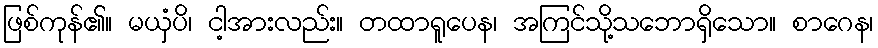
ဖြစ်ကုန်၏။ မယှံပိ၊ ငါ့အားလည်း။ တထာရူပေန၊ အကြင်သို့သဘောရှိသော။ စာဂေန၊